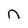
Character: n